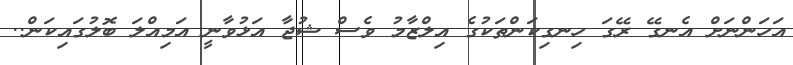
އަހަންނަށް އެނގޭ ރޭގަ ހިނގިކަންތަކުގެ އިލްޒާމު ވެސް ޝުޖާ އަޅުވާނީ އަމިއްލަ ބޮލުގައިކަން..